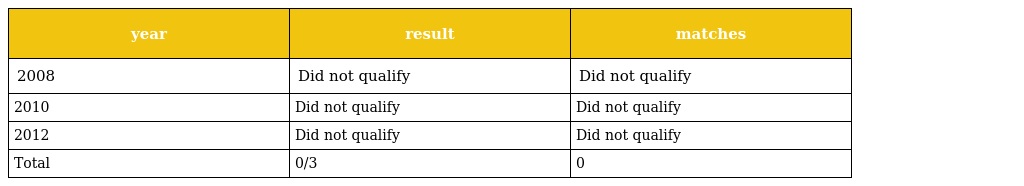
| year | result | matches |
 | --- | --- | --- |
 | 2008 | Did not qualify | Did not qualify |
 | 2010 | Did not qualify | Did not qualify |
 | 2012 | Did not qualify | Did not qualify |
 | Total | 0/3 | 0 |